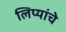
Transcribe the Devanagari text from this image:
लिप्यांचे